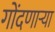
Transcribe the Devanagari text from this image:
गोंदणार्‍या